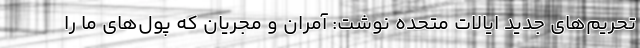
تحریم‌های جدید ایالات متحده نوشت: آمران و مجریان که پول‌های ما را